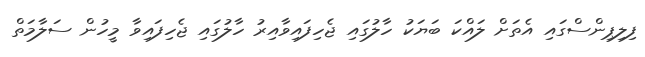
ފިލިޕިންސްގައި އެތަށް ލައްކަ ބަޔަކު ހާލުގައި ޖެހިފައިވާއިރު ހާލުގައި ޖެހިފައިވާ މީހުން ސަލާމަތް